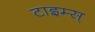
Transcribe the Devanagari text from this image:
टाइम्स्